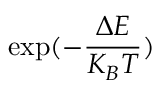
\exp ( - \frac { \Delta E } { K _ { B } T } )